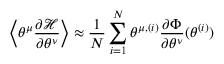
\left\langle \theta ^ { \mu } \frac { \partial \mathcal { H } } { \partial \theta ^ { \nu } } \right\rangle \approx \frac { 1 } { N } \sum _ { i = 1 } ^ { N } \theta ^ { \mu , ( i ) } \frac { \partial \Phi } { \partial \theta ^ { \nu } } ( \theta ^ { ( i ) } )